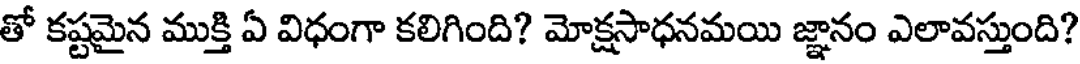
తో కష్టమైన ముక్తి ఏ విధంగా కలిగింది? మోక్షసాధనమయి జ్ఞానం ఎలావస్తుంది?